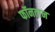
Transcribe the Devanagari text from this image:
फॉनतान